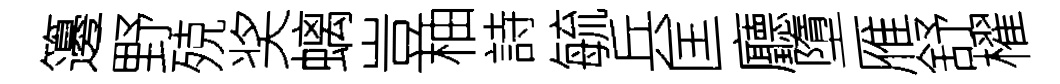
籩野殑奖螭豈柚詩毓兵匡廳墮雁舒櫂